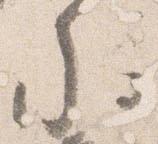
参